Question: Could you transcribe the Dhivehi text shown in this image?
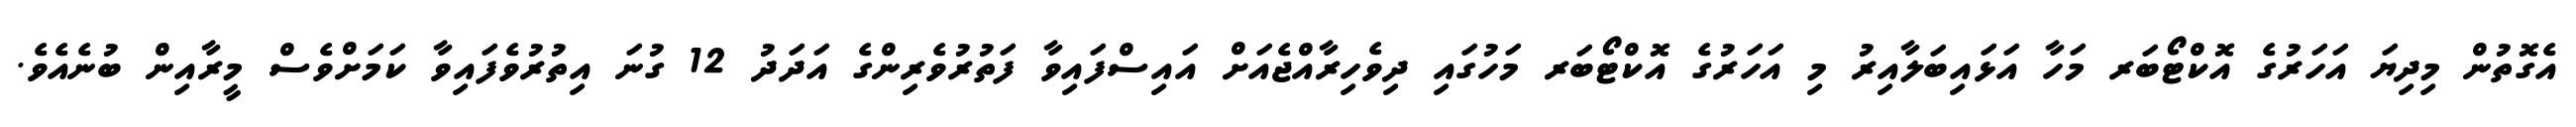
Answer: އެގޮތުން މިދިޔަ އަހަރުގެ އޮކްޓޯބަރ މަހާ އަޅައިބަލާއިރު މި އަހަރުގެ އޮކްޓޯބަރ މަހުގައި ދިވެހިރާއްޖެއަށް އައިސްފައިވާ ފަތުރުވެރިންގެ އަދަދު 12 ގުނަ އިތުރުވެފައިވާ ކަމަށްވެސް މީރާއިން ބުނެއެވެ.